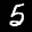
Label: 5